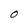
Character: O